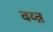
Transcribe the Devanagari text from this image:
वय्न्न